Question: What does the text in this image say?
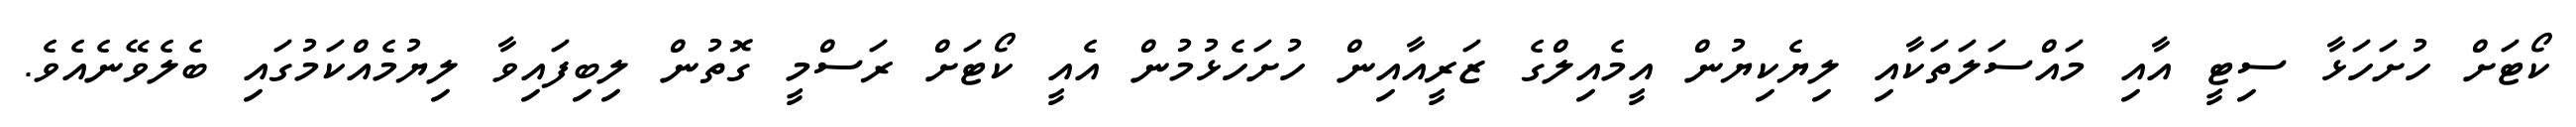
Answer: ކޯޓަށް ހުށަހަޅާ ސިޓީ އާއި މައްސަލަތަކާއި ލިޔެކިޔުން އީމެއިލްގެ ޒަރީއާއިން ހުށަހެޅުމުން އެއީ ކޯޓަށް ރަސްމީ ގޮތުން ލިބިފައިވާ ލިޔުމެއްކަމުގައި ބެލެވޭނެއެވެ.